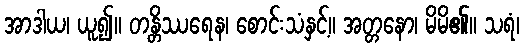
အာဒါယ၊ ယူ၍။ တန္တိဿရေန၊ စောင်းသံနှင့်။ အတ္တနော၊ မိမိ၏။ သရံ၊